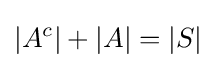
|A^{c}|+|A|=|S|